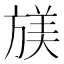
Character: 𫞁